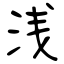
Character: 浅